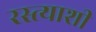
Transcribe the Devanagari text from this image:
रस्त्याशी